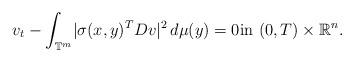
LaTeX: \begin{align*} v_t -\int_{\mathbb{T}^m} \! |\sigma(x, y) ^T Dv|^2 \, d\mu(y)=0 \mbox{in} \, \, (0,T) \times \mathbb{R}^n. \end{align*}